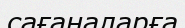
сағаналарға